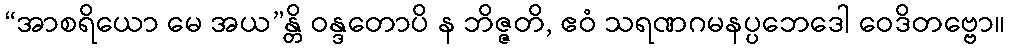
“အာစရိယော မေ အယ”န္တိ ဝန္ဒတောပိ န ဘိဇ္ဇတိ, ဧဝံ သရဏဂမနပ္ပဘေဒေါ ဝေဒိတဗ္ဗော။